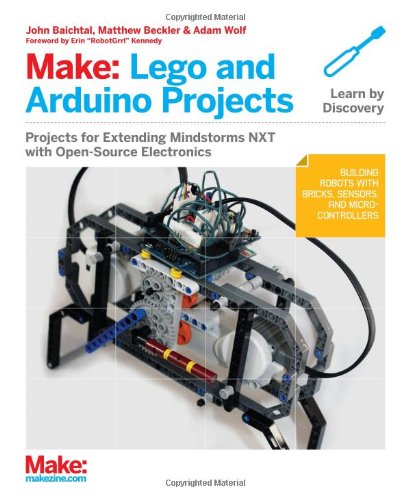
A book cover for Make: Lego and Arduino Projects: Projects for extending MINDSTORMS NXT with open-source electronics; John Baichtal; Computers & Technology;